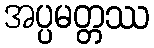
အပ္ပမတ္တဿ